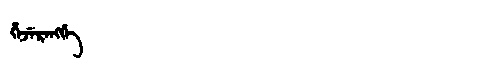
Manchu: ᡥᡝᠵᡝᡵᡝᠩᡤᡝ
Romanization: HEJERENGGE